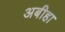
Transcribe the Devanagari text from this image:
अबीहा